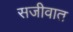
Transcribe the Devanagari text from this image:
सजीवात